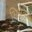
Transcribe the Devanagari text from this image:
भिक्षेला